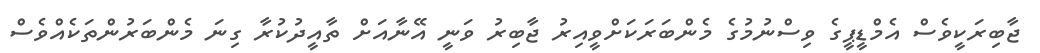
ޖާބިރަކީވެސް އެމްޑީޕީގެ ވިސްނުމުގެ މެންބަރަކަށްވީއިރު ޖާބިރު ވަނީ އޭނާއަށް ތާއީދުކުރާ ގިނަ މެންބަރުންތަކެއްވެސް